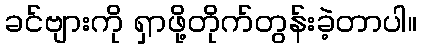
ခင်ဗျားကို ရှာဖို့တိုက်တွန်းခဲ့တာပါ။